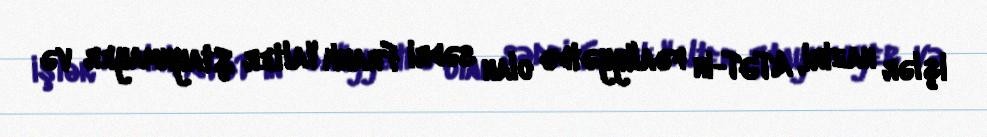
işlər naziri, ATƏT-in fəaliyyətdə olan sədri Frank Valter Ştaynmayer və